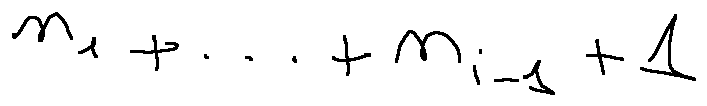
n _ { 1 } + \ldots + n _ { i - 1 } + 1